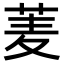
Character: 𮏀